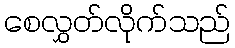
စေလွှတ်လိုက်သည်